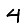
Digit: 4